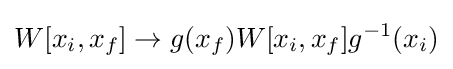
W[x_{i},x_{f}]\rightarrow g(x_{f})W[x_{i},x_{f}]g^{-1}(x_{i})